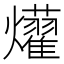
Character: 𤒽